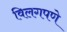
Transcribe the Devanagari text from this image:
विलगपणे